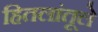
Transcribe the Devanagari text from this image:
हितलांतूले